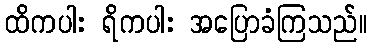
ထိကပါး ရိကပါး အပြောခံကြသည်။